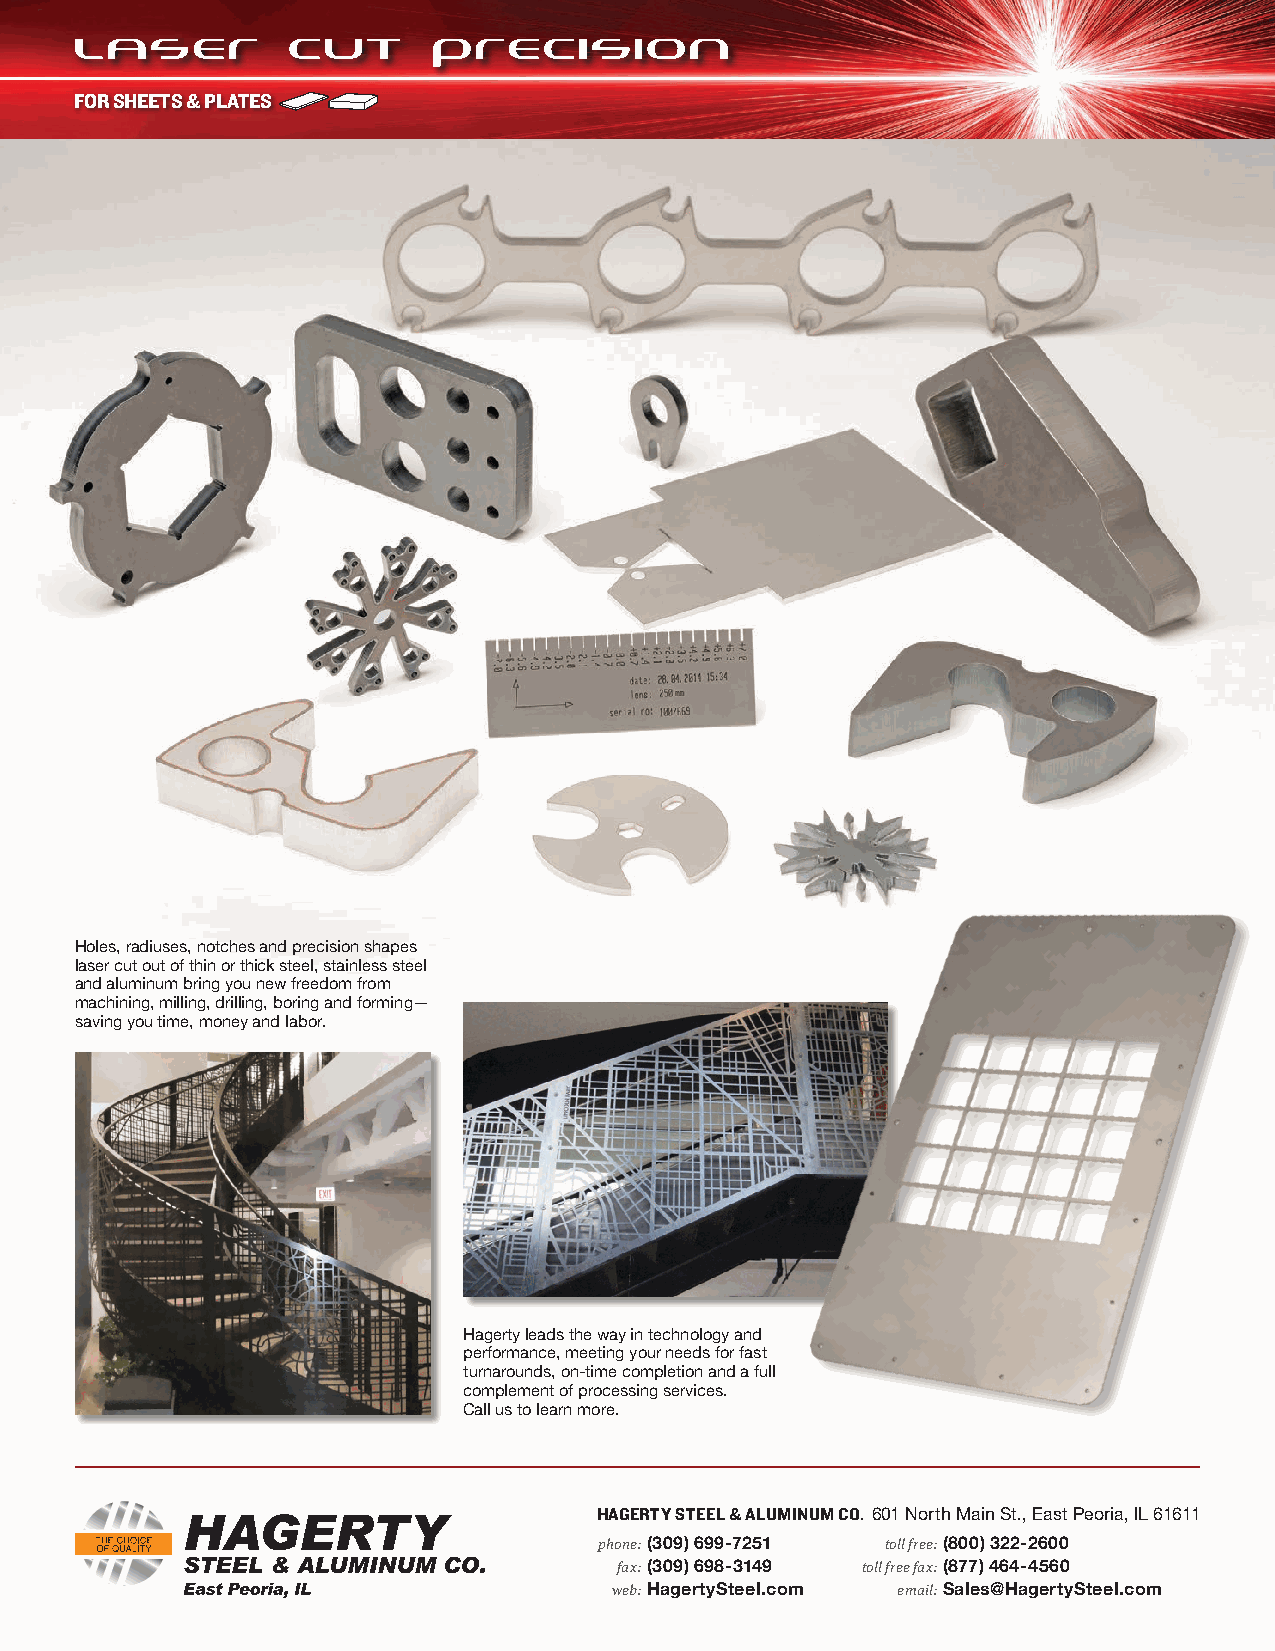
FOR SHEETS & PLATES
 Holes, radiuses, notches and precision shapes
 laser cut out of thin or thick steel, stainless steel
 and aluminum bring you new freedom from
 machining, milling, drilling, boring and forming—
 saving you time, money and labor.
 Hagerty leads the way in technology and
 performance, meeting your needs for fast
 turnarounds, on-time completion and a full
 complement of processing services.
 Call us to learn more.
 HAGERTY STEEL & ALUMINUM CO. 601 North Main St., East Peoria, IL 61611
 phone: (309) 699-7251 toll free: (800) 322-2600
 fax: (309) 698-3149 toll free fax: (877) 464-4560
 web: HagertySteel.com email: Sales@HagertySteel.com